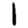
Digit: 1